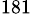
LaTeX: ^{181}